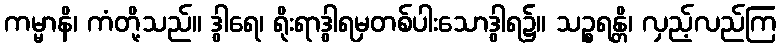
ကမ္မာနိ၊ ကံတို့သည်။ ဒွါရေ၊ ရိုးရာဒွါရမှတစ်ပါးသောဒွါရ၌။ သဉ္စရန္တိ၊ လှည့်လည်ကြ